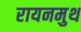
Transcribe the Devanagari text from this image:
रायनमुथ